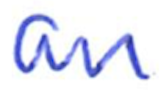
Text: an
Cross-out: clean
Writing tool: ballpoint